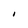
Character: I